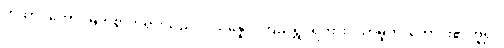
တထာဂတော၊ မြတ်စွာဘုရားသည်။ ပသန္နော၊ ကြည်ရွှင်ရကား။ သာဓူတိ၊ ကောင်း၏ဟူ၍။